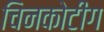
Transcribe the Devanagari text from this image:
चिनकोटीग